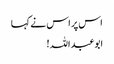
اس پر اس نے کہا
ابوعبداللہ!